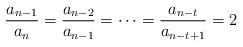
LaTeX: \begin{align*}\frac{a_{n-1}}{a_n} = \frac{a_{n-2}}{a_{n-1}} = \cdots = \frac{a_{n-t}}{a_{n-t+1}} = 2\end{align*}